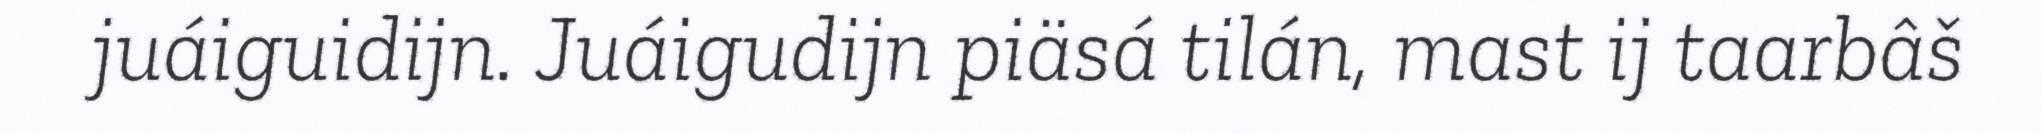
juáiguidijn. Juáigudijn piäsá tilán, mast ij taarbâš